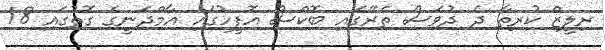
ރިލީޒް ކުރިތާ ދެ ދުވަސް ތެރޭގައި ބޮކްސް އޮފީހުގައި އާމްދަނީގެ ގޮތުގައި 18